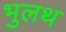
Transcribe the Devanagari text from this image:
भुलथ